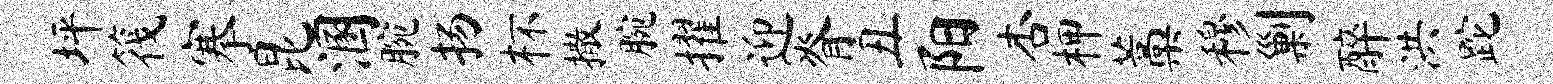
坪筏搴昆溷腕扬杯撒腕擢迎脊丑阳杏柙藁穆剿醉洪跎